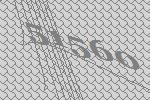
51560